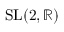
\operatorname { S L } ( 2 , \mathbb { R } )